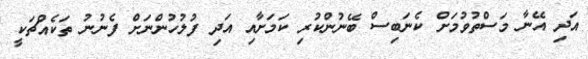
އަދި އޭނާ މަސްތުވުމަށް ކެނަބިސް ބޭނުންކުރި ކަމަށާއި އަދި ފުލުހުންނަށް ފެނުނު ތަކެއްޗަކީ